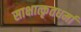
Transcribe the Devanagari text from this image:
साक्षात्कृतधर्मा